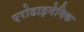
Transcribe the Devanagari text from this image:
एरोडाइनेमिक